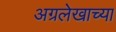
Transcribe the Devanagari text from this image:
अग्रलेखाच्या